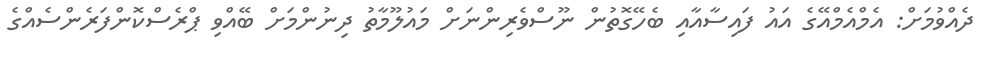
ދެއްވުމަށް: އެމްއެމްއޭގެ އައު ފައިސާއާއި ބެހޭގޮތުން ނޫސްވެރިންނަށް މައުލޫމާތު ދިނުންމަށް ބޭއްވި ޕްރެސްކޮންފަރެންސެއްގެ